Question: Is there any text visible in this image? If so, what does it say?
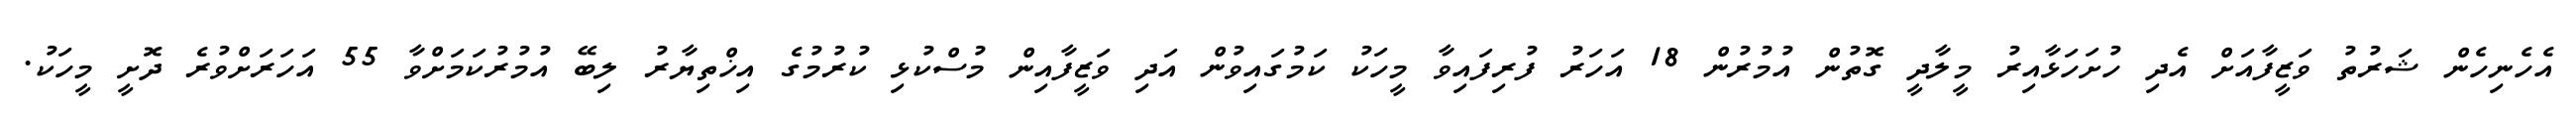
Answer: އެހެނިހެން ޝަރުތު ވަޒީފާއަށް އެދި ހުށަހަޅާއިރު މީލާދީ ގޮތުން އުމުރުން 18 އަހަރު ފުރިފައިވާ މީހަކު ކަމުގައިވުން އަދި ވަޒީފާއިން މުސްކުޅި ކުރުމުގެ އިޚްތިޔާރު ލިބޭ އުމުރުކަމަށްވާ 55 އަހަރަށްވުރެ ދޮށީ މީހަކު.